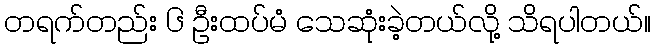
တရက်တည်း ၆ ဦးထပ်မံ သေဆုံးခဲ့တယ်လို့ သိရပါတယ်။